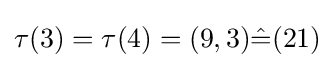
\tau (3)=\tau (4)=(9,3){\hat {=}}(21)